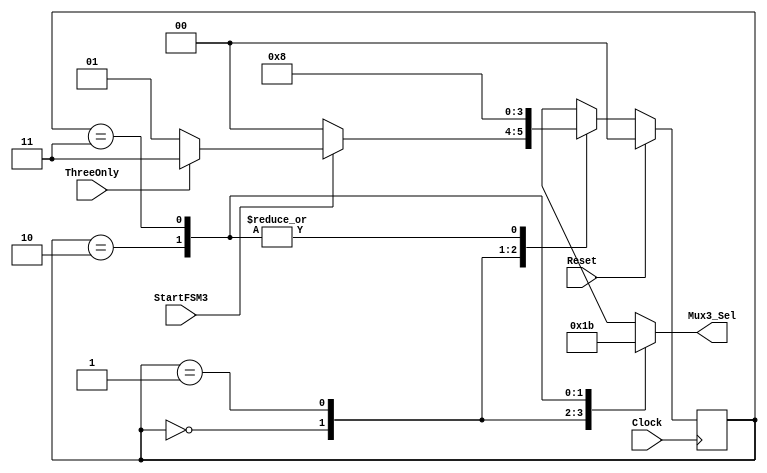
// ************************************************************************
// *  SYNOPSYS CONFIDENTIAL PROPRIETARY NOTE                              *
// *                                                                      *
// *  This software contains information confidential and proprietary     *
// *  to Synopsys, Inc. It shall not be reproduced in whole               *
// *  or in part or transferred to other documents, or disclosed          *
// *  to third parties, or used for any purpose other than that           *
// *  for which it was obtained, without the prior written consent        *
// *  of Synopsys, Inc.                                                   *
// *  Copyright (c) 2012-2013 Synopsys, Inc.                              *
// *  All rights reserved                                                 *
// *                                                                      *
// ************************************************************************

`timescale 1 ns / 1ns
module fsm_child3(Clock, Reset, ThreeOnly,StartFSM3,Mux3_Sel);

   reg [1:0] CurrStateFSM3, NextStateFSM3;
   input Clock, Reset, ThreeOnly,StartFSM3;
   output [1:0] Mux3_Sel;
   reg [1:0] Mux3_Sel;

   parameter ST_Sum1=0, ST_Sum2=1,         // FSM3
             ST_Sum3=2, ST_NoSum=3;


   //------
   // FSM3
   //------
   always @(StartFSM3 or ThreeOnly or CurrStateFSM3)
     begin: FSM3_COMB
       Mux3_Sel = 0;
       case (CurrStateFSM3)
          ST_Sum1  :  begin
                        Mux3_Sel = 0;
                        if (StartFSM3)
                          if (ThreeOnly)
                            NextStateFSM3 = ST_NoSum;
                          else 
                            NextStateFSM3 = ST_Sum2;
                        else 
                          NextStateFSM3 = ST_Sum1;
                     end
          ST_Sum2  :  begin
                        Mux3_Sel = 1;
                        NextStateFSM3 = ST_Sum3;
                      end
          ST_Sum3  :  begin
                        Mux3_Sel = 2;
                        NextStateFSM3 = ST_Sum1;
                      end
          ST_NoSum :  begin
                        Mux3_Sel = 3;
                        NextStateFSM3 = ST_Sum1;
                      end
          default  :  NextStateFSM3 = ST_Sum1;
       endcase
     end

   always @(posedge Clock)
     begin: FSM3_SEQ
       if (Reset)
         CurrStateFSM3 = ST_Sum1;
       else
         CurrStateFSM3 = NextStateFSM3;
     end
endmodule